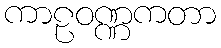
ကာဠဝဏ္ဏကတာ